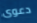
دعوى